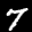
Label: 7